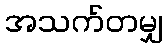
အသက်တမျှ